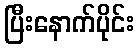
ပြီးနောက်ပိုင်း